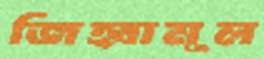
জিহ্বামূল